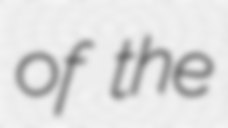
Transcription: of the